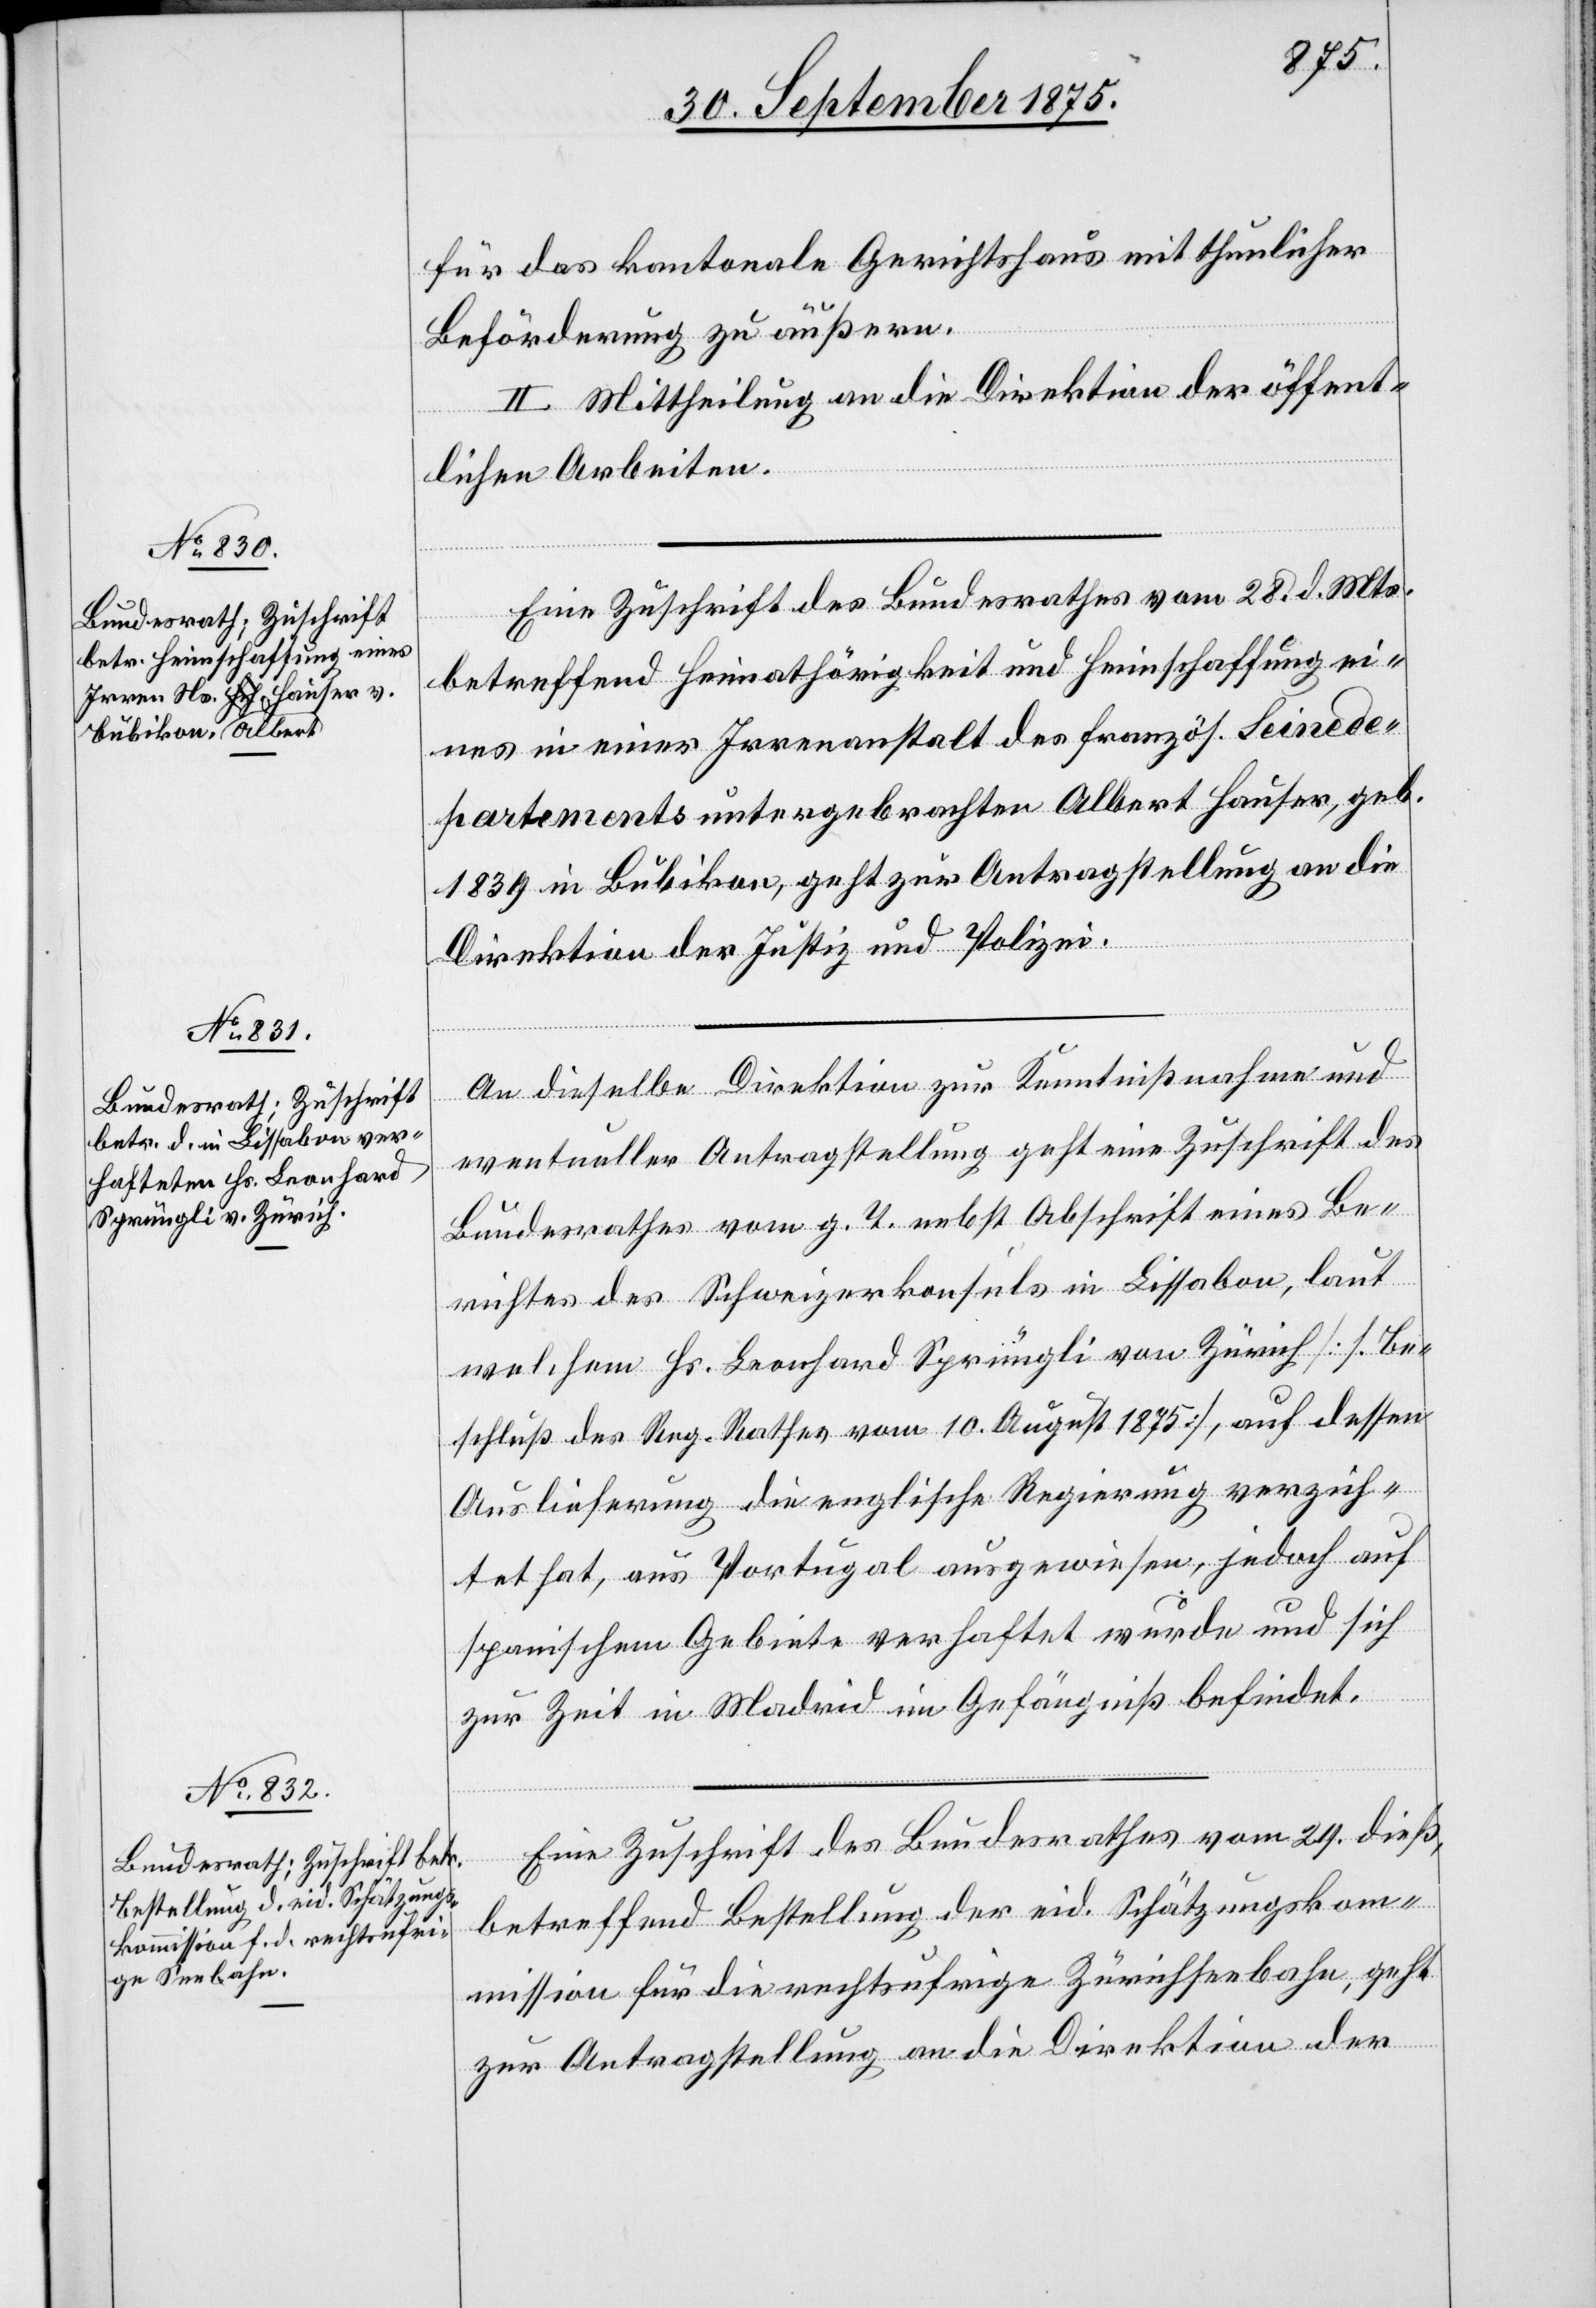
30. September 1875.]
für das kantonale Gerichtshaus mit thunlicher
Beförderung zu äußern.
II. Mittheilung an die Direktion der öffent¬
lichen Arbeiten.
Eine Zuschrift des Bundesrathes vom 28. d. Mts.
betreffend Heimathörigkeit und Heimschaffung ei¬
nes in einer Irrenanstalt des französ. Seined¬
epartements untergebrachten Albert Hauser, geb.
1839 in Bubikon, geht zur Antragstellung an die
Direktion der Justiz und Polizei.
An dieselbe Direktion zur Kenntnißnahme und
eventueller Antragstellung geht eine Zuschrift des
Bundesrathes vom g. T. nebst Abschrift eines Be¬
richtes des Schweizerkonsuls in Lissabon, laut
welchem Hs. Leonhard Sprüngli von Zürich [s. Be¬
schluß des Reg. Rathes vom 10. August 1875], auf dessen
Auslieferung die englische Regierung verzich¬
tet hat, aus Portugal ausgewiesen, jedoch auf
spanischem Gebiete verhaftet wurde und sich
zur Zeit in Madrid im Gefängniß befindet.
Eine Zuschrift des Bundesrathes vom 29. dieß,
betreffend Bestellung der eid. Schätzungskom¬
mission für die rechtsufrige Zürichseebahn, geht
zur Antragstellung an die Direktion der